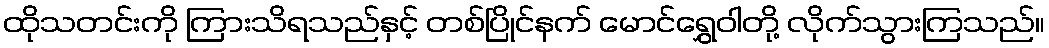
ထိုသတင်းကို ကြားသိရသည်နှင့် တစ်ပြိုင်နက် မောင်ရွှေဝါတို့ လိုက်သွားကြသည်။